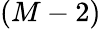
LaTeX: \left(M-2\right)